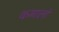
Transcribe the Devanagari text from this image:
कमालों